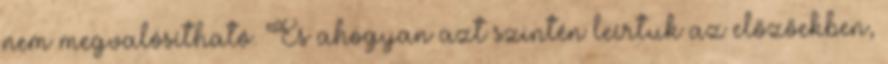
nem megvalósítható. És ahogyan azt szintén leírtuk az előzőekben,